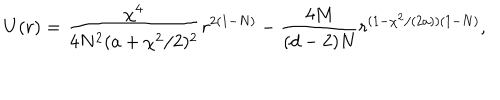
U ( r ) = \frac { \chi ^ { 4 } } { 4 N ^ { 2 } ( a + \chi ^ { 2 } / 2 ) ^ { 2 } } r ^ { 2 ( 1 - N ) } - \frac { 4 M } { ( d - 2 ) N } r ^ { ( 1 - \chi ^ { 2 } / ( 2 a ) ) ( 1 - N ) } ,